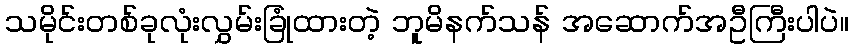
သမိုင်းတစ်ခုလုံးလွှမ်းခြုံထားတဲ့ ဘူမိနက်သန် အဆောက်အဦကြီးပါပဲ။